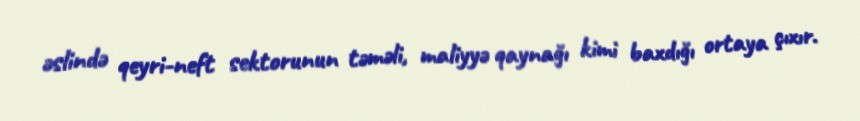
əslində qeyri-neft sektorunun təməli, maliyyə qaynağı kimi baxdığı ortaya çıxır.